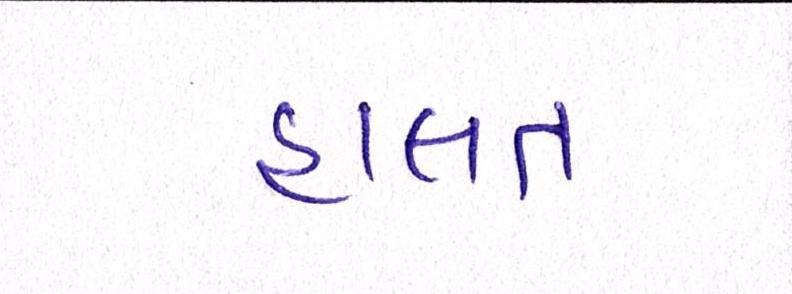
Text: હાલત